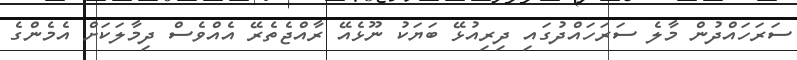
ސަރަހައްދުން މާލެ ސަރަހައްދުގައި ދިރިއުޅޭ ބަޔަކު ނޫޅެއޭ ރާއްޖެތެރޭ އެއްވެސް ދިމާލަކަށް އެމެންގެ